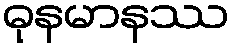
ဓုနမာနဿ